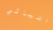
اشيائي